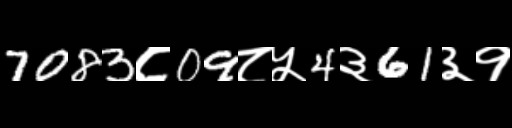
Text: 7083८09८५4३61३१